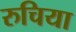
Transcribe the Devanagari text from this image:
रुचिया